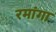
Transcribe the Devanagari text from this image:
रमांगा